Report on vaccination in Madras 1904-1921 - 1904-1921
Year: 1904
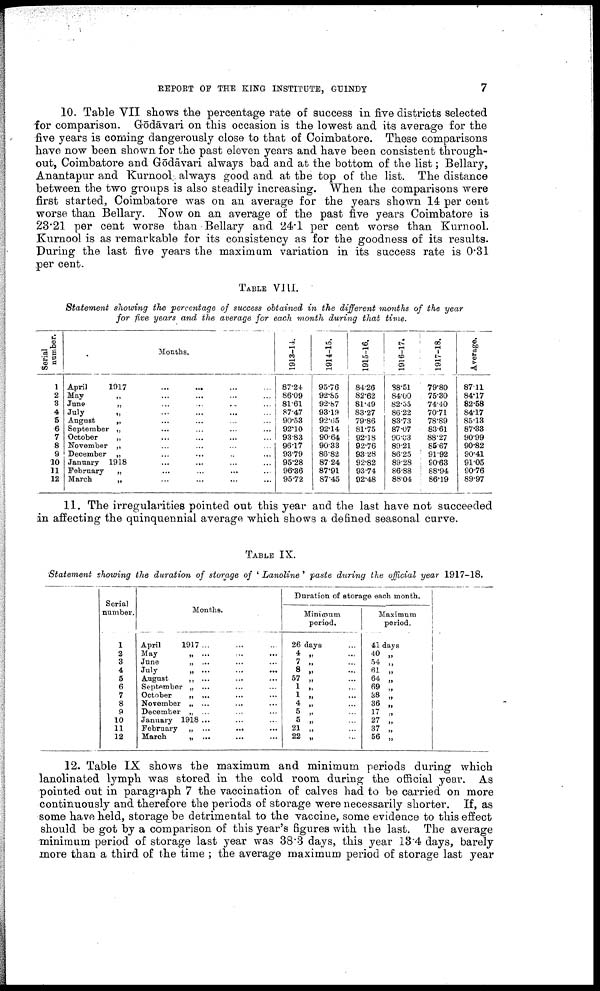
REPORT OF THE KING INSTITUTE, GUINDY
7
10. Table VII shows the percentage rate of success in five districts selected
for comparison. Gōdāvari on this occasion is the lowest and its average for the
five years is coming dangerously close to that of Coimbatore. These comparisons
have now been shown for the past eleven years and have been consistent through
out, Coimbatore and Gōdāvari always bad and at the bottom of the list; Bellary,
Anantapur and Kurnool always good and at the top of the list. The distance
between the two groups is also steadily increasing. When the comparisons were
first started, Coimbatore was on an average for the years shown 14 per cent
worse than Bellary. Now on an average of the past five years Coimbatore is
23.21 per cent worse than Bellary and 24.1 per cent worse than Kurnool.
Kurnool is as remarkable for its consistency as for the goodness of its results.
During the last five years the maximum variation in its success rate is 0.31
per cent.
TABLE VIII.
Statement showing the percentage of success obtained in the different months of the year
for five years and the average for each month during that time.
Serial
number.
1
2
3
4
5
6
7
8
9
10
11
12
Months.
April
1917 ... ... ... ...
May
„ ... ... ... ...
June
„ ... ... ... ...
July
„ ... ... ... ...
August
„ ... ... ... ...
September „ ... ... ... ...
October
„ ... ... ... ...
November „ ... ... ... ...
December „ ... ... ... ...
January 1918 ... ... ... ...
February
„ ... ... ... ...
March
„ ... ... ... ...
1913-14.
87.24
86.09
81.61
87.47
90.53
92.10
93.83
96.17
93.79
95.28
96.36
95.72
1914-15.
95.76
92.85
92.87
93.19
92.65
92.14
90.64
90.33
86.82
87.24
87.91
87.45
1915-16.
84.26
82.62
81.49
83.27
79.86
81.75
92.18
92.76
93.28
92.82
93.74
92.48
1916-17.
88.51
84.00
82.55
86.22
83.73
87.07
90.63
89.21
86.25
89.28
86.88
88.04
1917-18.
79.80
75.80
74.40
70.71
78.89
83.61
88.27
85.67
91.92
90.63
88.94
86.19
Average.
87.11
84.17
82.58
84.17
85.13
87.33
90.99
90.82
90.41
91.05
90.76
89.97
11. The irregularities pointed out this year and the last have not succeeded
in affecting the quinquennial average which shows a defined seasonal curve.
TABLE IX.
Statement showing the duration of storage of ' Lanoline' paste during the official year 1917-18.
Serial
number.
1
2
3
4
5
6
7
8
9
10
11
12
Months.
April
1917 ... ... ...
May
„ ... ... ...
June
„ ... ... ...
July
„ ... ... ...
August
„ ... ... ...
September „ ... ... ...
October
„ ... ... ...
November „ ... ... ...
December „ ... ... ...
January 1918 ... ... ...
February „ ... ... ...
March
„ ... ... ...
Duration of storage each month.
Minimum
period.
26 days ...
4 „ ...
7 „ ...
8 „ ...
57 „ ...
1 „ ...
1 „ ...
4 „ ...
5 „ ...
5 „ ...
21 „ ...
22 „ ...
Maximum
period.
41 days
40 „
54 „
61 „
64 „
69 „
38 „
36 „
17 „
27 „
37 „
56 „
12. Table IX shows the maximum and minimum periods during which
lanolinated lymph was stored in the cold room during the official year. As
pointed out in paragraph 7 the vaccination of calves had to be carried on more
continuously and therefore the periods of storage were necessarily shorter. If, as
some have held, storage be detrimental to the vaccine, some evidence to this effect
should be got by a comparison of this year's figures with the last. The average
minimum period of storage last year was 38.3 days, this year 13.4 days, barely
more than a third of the time ; the average maximum period of storage last year